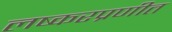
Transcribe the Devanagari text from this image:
लष्करप्रणीत